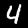
Digit: 4